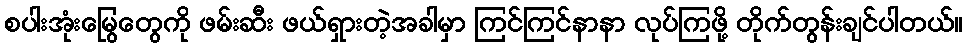
စပါးအုံးမြွေတွေကို ဖမ်းဆီး ဖယ်ရှားတဲ့အခါမှာ ကြင်ကြင်နာနာ လုပ်ကြဖို့ တိုက်တွန်းချင်ပါတယ်။